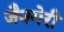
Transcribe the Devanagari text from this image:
जैनगेरी